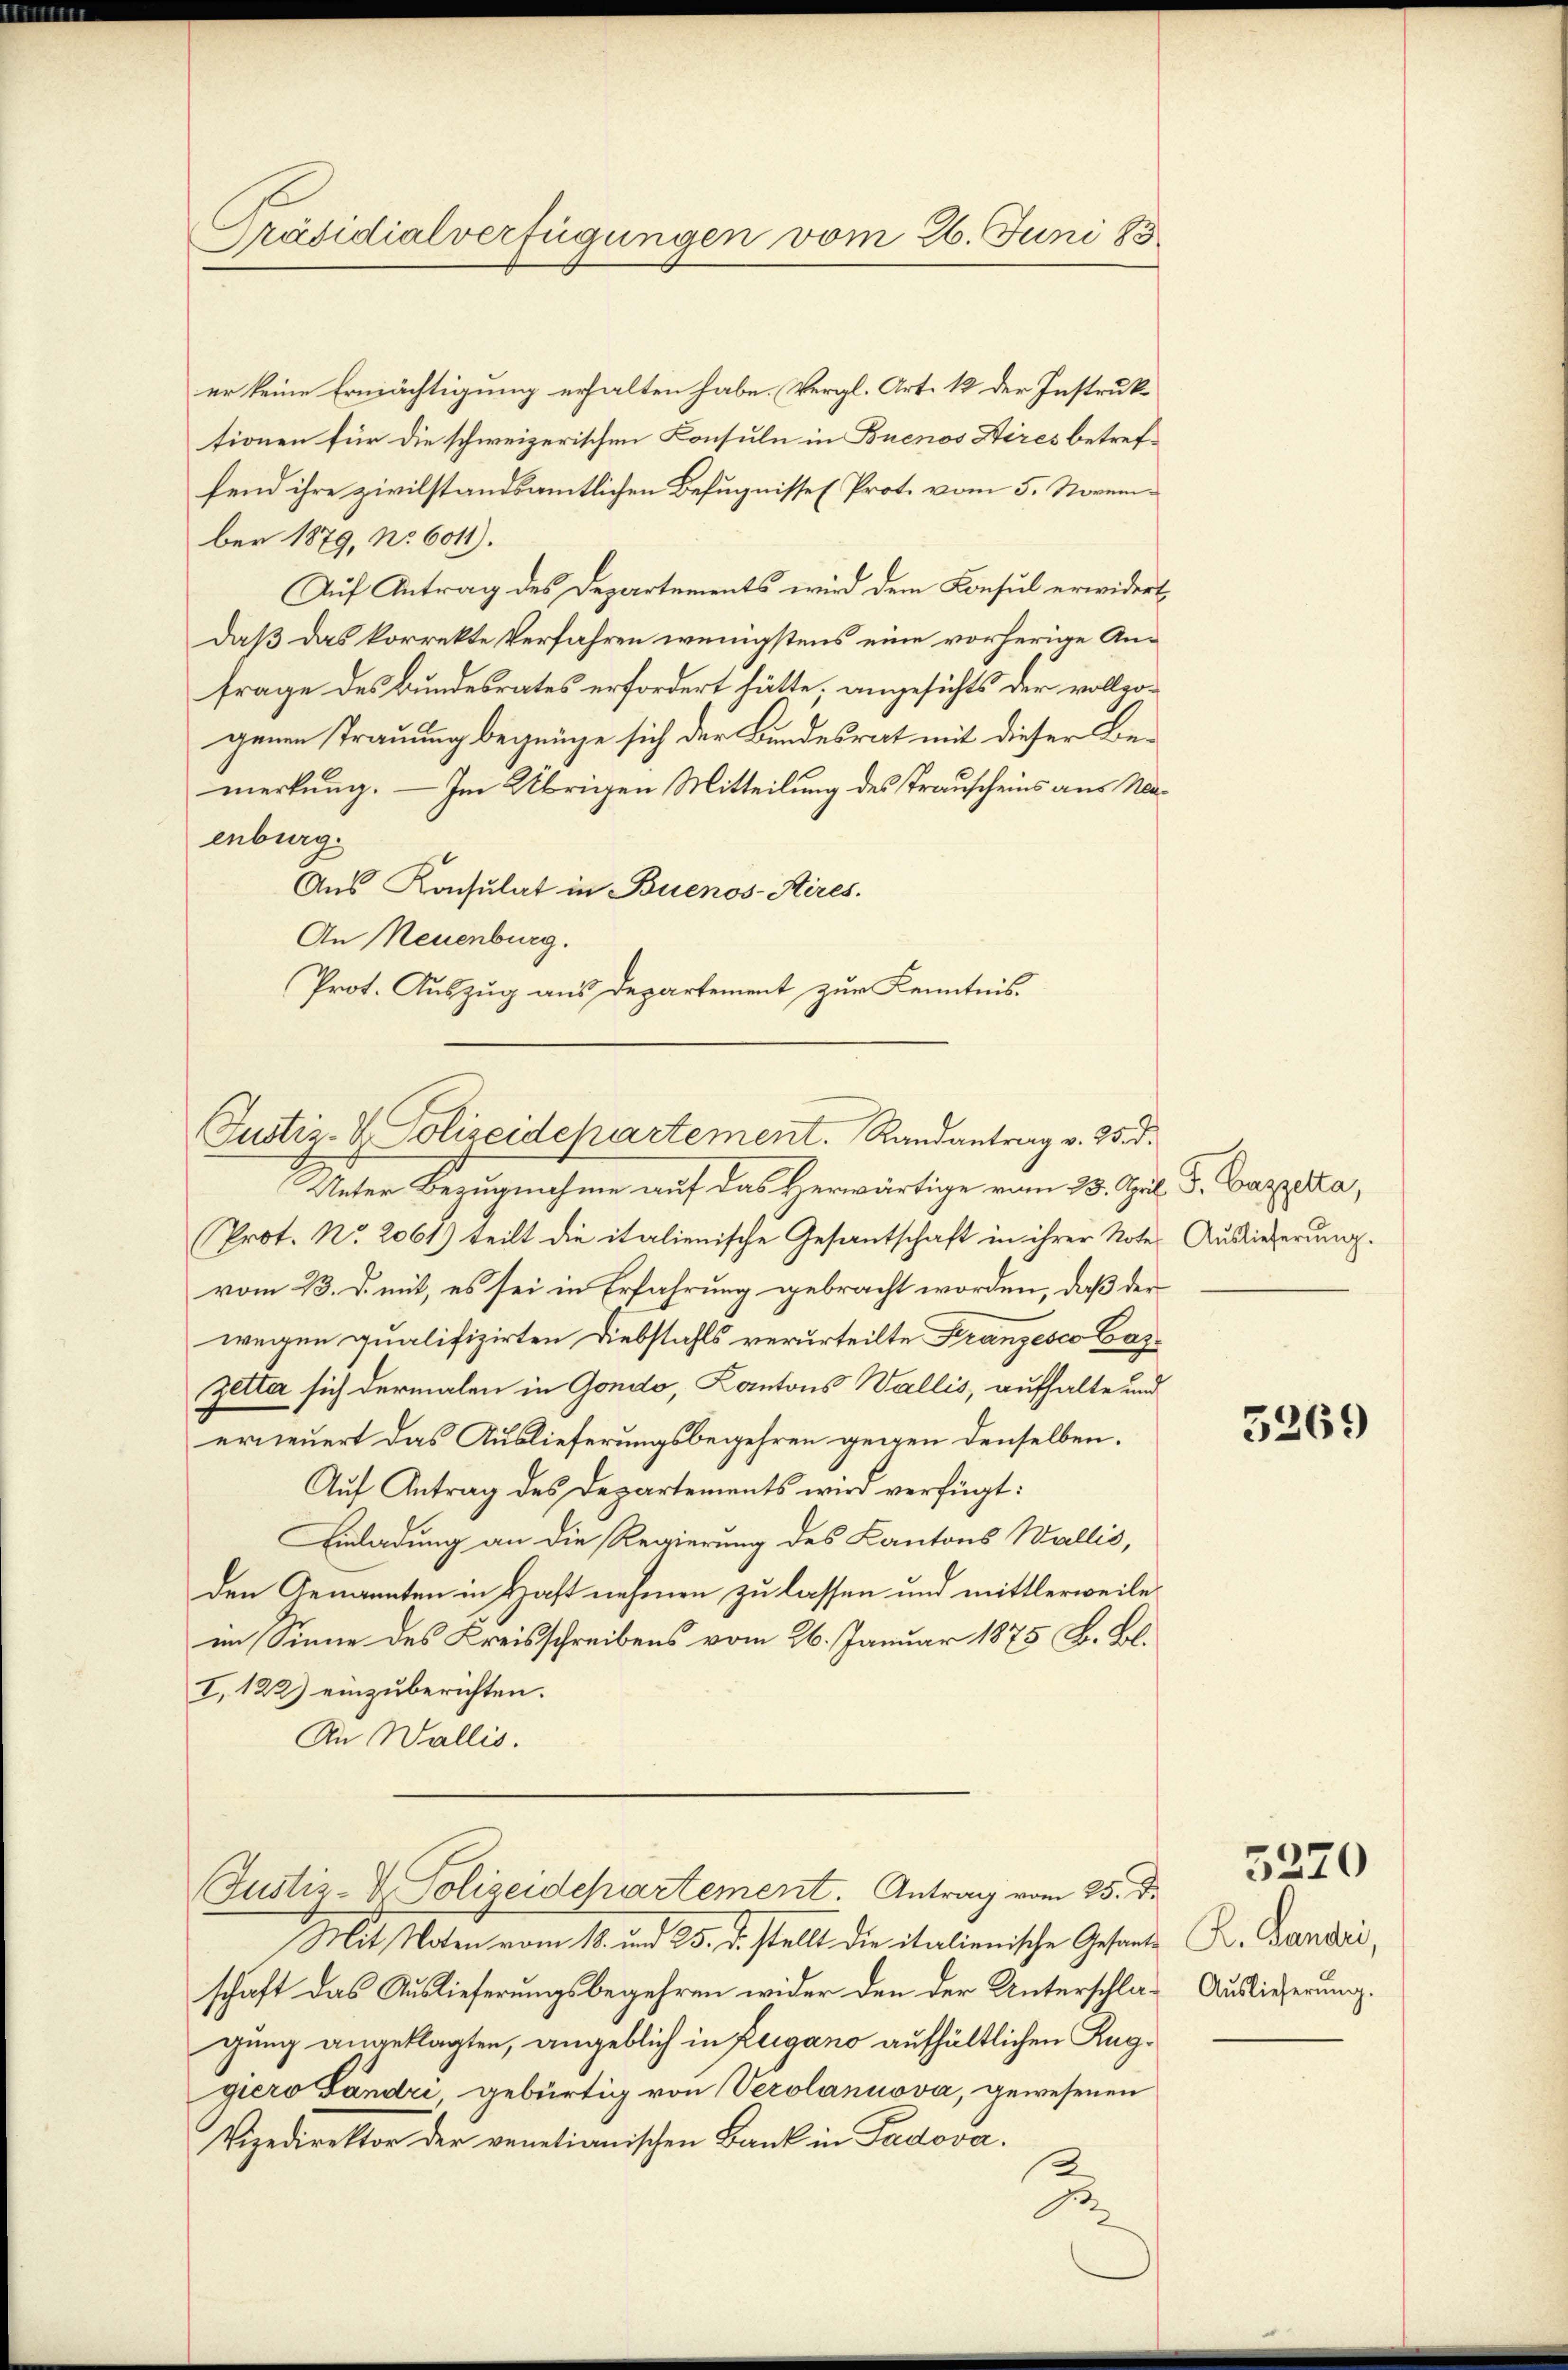
Präsidialverfügungen vom 26. Juni 185

er keine Ermächtigung erhalten habe. Vergl. Art. 12 der Instruktionen für die schweizerischen Consuln in Buenos Aires betreffend ihre zivilstandsamtlichen Befugnisse (Prot. vom 5. November 1879, No 6011).
Auf Antrag des Departements wird dem Konsul erwidert
daß das korrekte Verfahren wenigstens eine vorherige Anfrage des Bundesrates erfordert hätte, angesichts der vollzogenen Trauung begnüge sich der Bundesrat mit dieser Bemerkung. — Im Übrigen Mitteilung des Trauscheins aus Maenburg.
Aus Konsulat in Buenos-Aires.
An Neuenburg.
Prot. Auszug aus Departement zur Kenntnis.
Unter Bezugnahme auf das Herwärtige vom 25. Jul. F. Bazzelka,
Prot. No. 2061) teilt die italienische Gesantschaft in ihrer Note Auslieferung.
vom 23. d. mit, es sei in Erfahrung gebracht worden, daß der
wegen qualifizirten Diebstahls verurteilte Franzesco Caz¬
Zetta sich dermalen in Gondo, Kantons Wallis, aufhalte und
erneuert das Auslieferungsbegehren gegen denselben.
Auf Antrag des Departements wird verfügt:
Einladung an die Regierung des Kantons Wallis,
den Genannten in Haft nehmen zu lassen und mittlerweile
im Sinne des Kreisschreibens vom 26. Januar 1875 B. Bl.
I. 122) einzuberichten.
An Wallis.
Justiz-V. Polizeidchartement. Antrag vom 25. d.
Mit Noten vom 18. und 25. d. stellt die italienische Gesandschaft das Auslieferungsbegehren wider den der Unterschlagung angeklagten, angeblich in Zugano aufhältlichen Kuggiero Fändri, gebürtig von Verolanuova, gewesenen
Vizedirektor der venetianischen Bank in Sadova.
2
.

Justiz- & Polizeidepartement. Randantrag v. 25. d.

5269

5220

K. Landes,
Auslieferung.